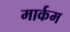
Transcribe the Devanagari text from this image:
मार्कम